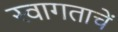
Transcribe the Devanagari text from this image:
स्वागताचें